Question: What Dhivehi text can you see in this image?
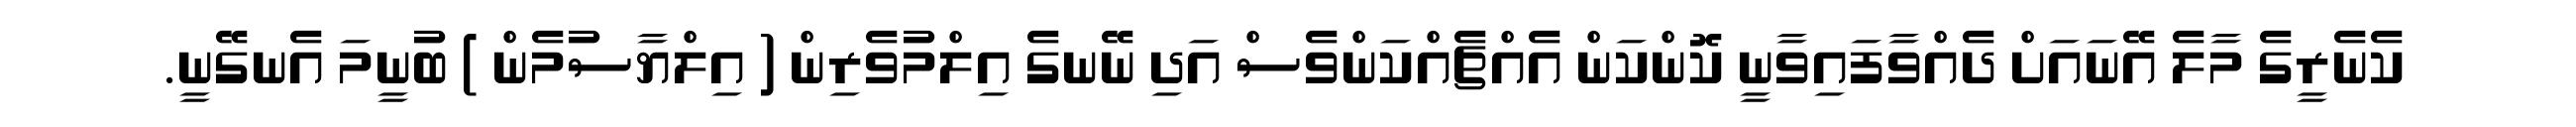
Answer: ކެނެރީގެ މާލެ އޭނައަށް ދެއްވާފައިވާނީ ކޮންކަން އެއްޗެއްކަންވެސް އަދި ނޭނގެ އިލްމުވެރިން ( އިލްޔާސުމެން ) ބުނީމަ އެނގޭނީ.